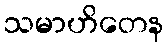
သမာဟိတေန